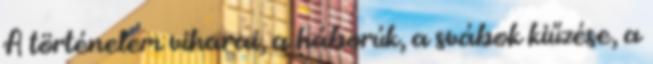
A történelem viharai, a háborúk, a svábok kiűzése, a